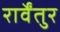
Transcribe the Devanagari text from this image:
रार्वेंतुर